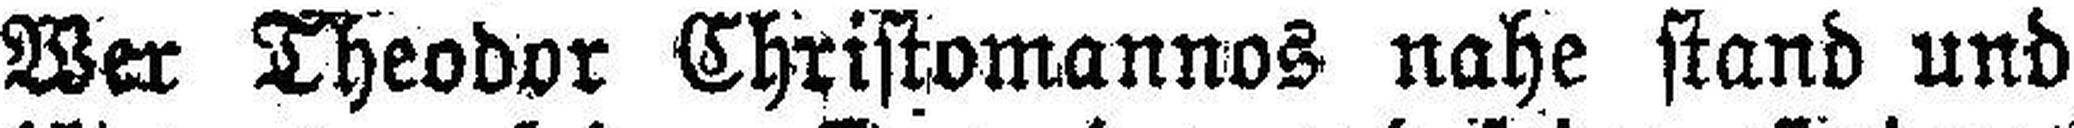
Wer Theodor Christomannos nahe stand und